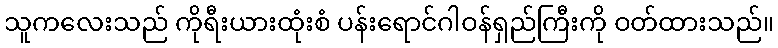
သူကလေးသည် ကိုရီးယားထုံးစံ ပန်းရောင်ဂါဝန်ရှည်ကြီးကို ဝတ်ထားသည်။